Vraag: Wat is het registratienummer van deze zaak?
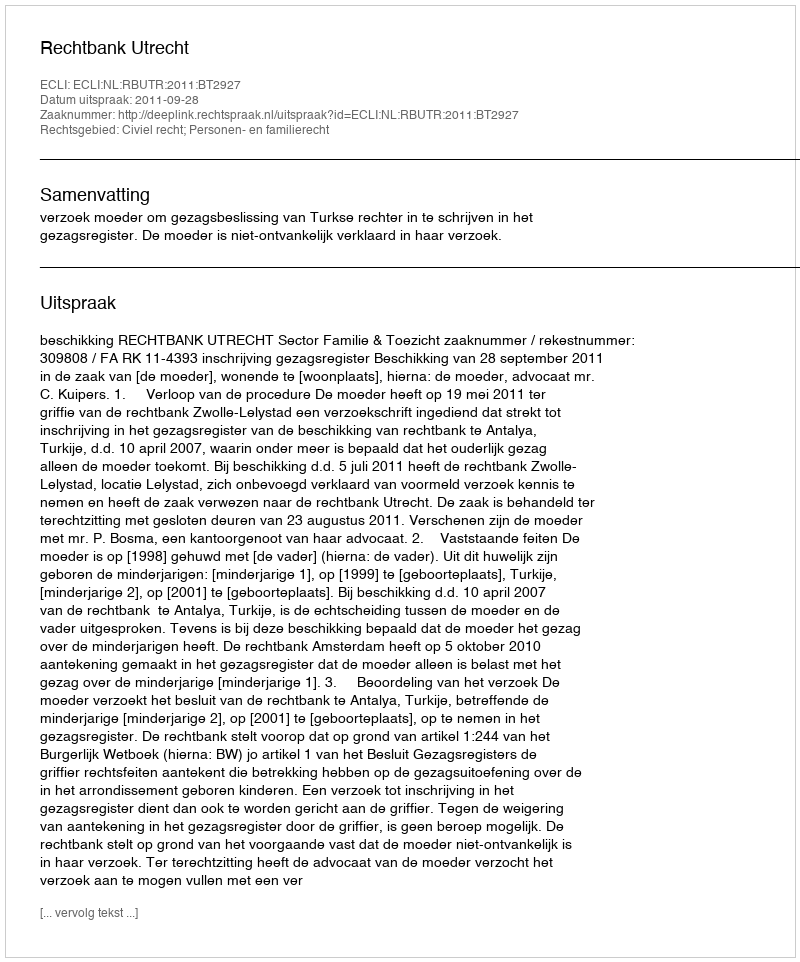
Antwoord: http://deeplink.rechtspraak.nl/uitspraak?id=ECLI:NL:RBUTR:2011:BT2927